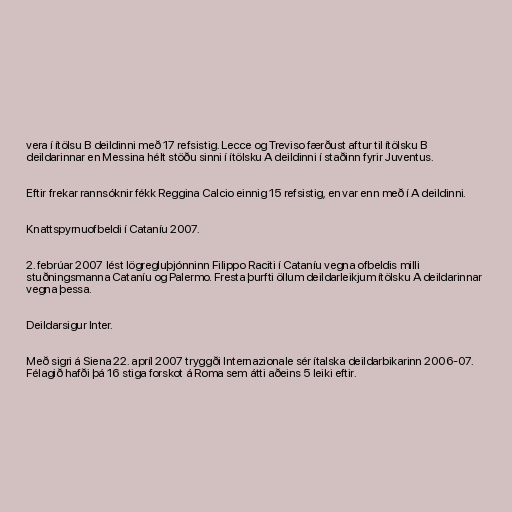
vera í ítölsu B deildinni með 17 refsistig. Lecce og Treviso færðust aftur til ítölsku B
deildarinnar en Messina hélt stöðu sinni í ítölsku A deildinni í staðinn fyrir Juventus.

Eftir frekar rannsóknir fékk Reggina Calcio einnig 15 refsistig, en var enn með í A deildinni.

Knattspyrnuofbeldi í Cataníu 2007.

2. febrúar 2007 lést lögregluþjónninn Filippo Raciti í Cataníu vegna ofbeldis milli
stuðningsmanna Cataníu og Palermo. Fresta þurfti öllum deildarleikjum ítölsku A deildarinnar
vegna þessa.

Deildarsigur Inter.

Með sigri á Siena 22. apríl 2007 tryggði Internazionale sér ítalska deildarbikarinn 2006-07.
Félagið hafði þá 16 stiga forskot á Roma sem átti aðeins 5 leiki eftir.